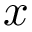
x